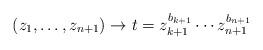
LaTeX: \begin{align*}(z_1,\dots, z_{n+1})\to t= z_{k+1}^{b_{k+1}}\cdots z_{n+1}^{b_{n+1}}\end{align*}